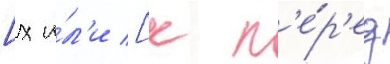
[х и́л'и [к п'е́р'ед